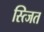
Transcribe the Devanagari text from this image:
स्त्जित